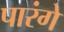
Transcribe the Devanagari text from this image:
पारंगे